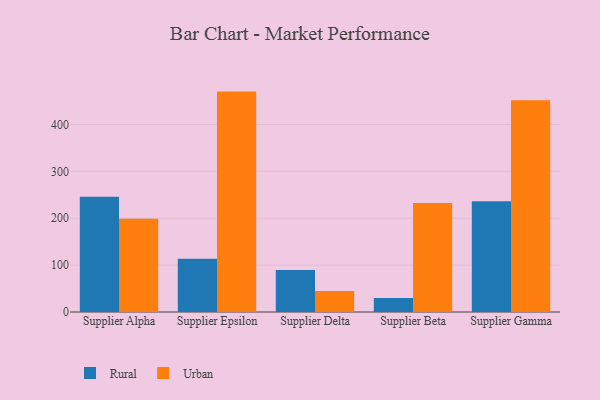
{"axis": {"x": "Supplier", "y": "LTV (USD)"}, "legend": ["Rural", "Urban"], "data": [{"x": "Supplier Alpha", "y": 246.0, "type": "Rural"}, {"x": "Supplier Alpha", "y": 199.1, "type": "Urban"}, {"x": "Supplier Epsilon", "y": 113.8, "type": "Rural"}, {"x": "Supplier Epsilon", "y": 470.0, "type": "Urban"}, {"x": "Supplier Delta", "y": 89.7, "type": "Rural"}, {"x": "Supplier Delta", "y": 44.7, "type": "Urban"}, {"x": "Supplier Beta", "y": 29.7, "type": "Rural"}, {"x": "Supplier Beta", "y": 232.3, "type": "Urban"}, {"x": "Supplier Gamma", "y": 236.0, "type": "Rural"}, {"x": "Supplier Gamma", "y": 451.7, "type": "Urban"}]}